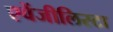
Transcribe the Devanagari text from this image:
एवेंजीलिस्टा